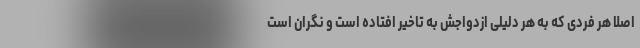
اصلا هر فردی که به هر دلیلی ازدواجش به تاخیر افتاده است و نگران است